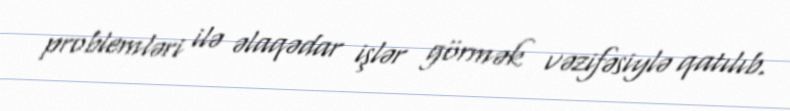
problemləri ilə əlaqədar işlər görmək vəzifəsiylə qatılıb.